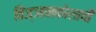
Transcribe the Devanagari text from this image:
विज्ञानकोशाची